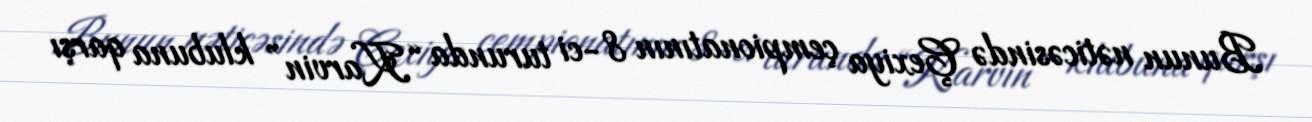
Bunun nəticəsində Çexiya çempionatının 8-ci turunda “Karvin” klubuna qarşı